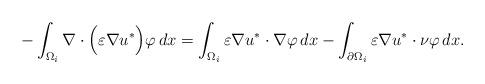
LaTeX: \begin{align*}- \int_{\Omega_i} \nabla \cdot \Big( \varepsilon \nabla u^* \Big) \varphi\, dx=\int_{\Omega_i} \varepsilon \nabla u^* \cdot \nabla \varphi\, dx-\int_{\partial \Omega_i} \varepsilon \nabla u^* \cdot \nu \varphi\, dx.\end{align*}